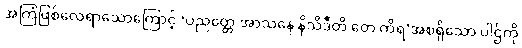
အကြံဖြစ်လေရာသောကြောင့် ‘ပညတ္တေ အာသနေ နိသိဒီတိ တေ ကိရ’အစရှိသော ပါဌ်ကို